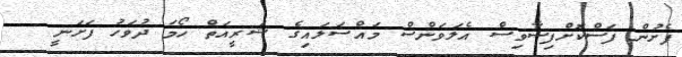
ފެށުން ފަސްކޮށްފިސާވިސް އެލަވަންސް މައްސަލައިގެ ޝަރީއަތް ހޯމަ ދުވަހު ފަށަނީ